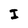
Character: I